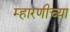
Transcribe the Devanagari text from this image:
म्हारणीच्या